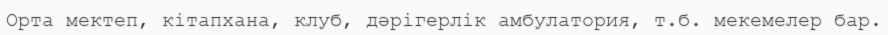
Орта мектеп, кітапхана, клуб, дәрігерлік амбулатория, т.б. мекемелер бар.